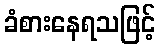
ခံစားနေရသဖြင့်